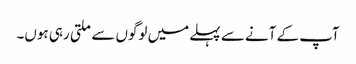
آپ کے آنے سے پہلے میں لوگوں سے ملتی رہی ہوں۔